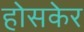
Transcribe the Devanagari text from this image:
होसकेर